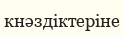
кнәздіктеріне